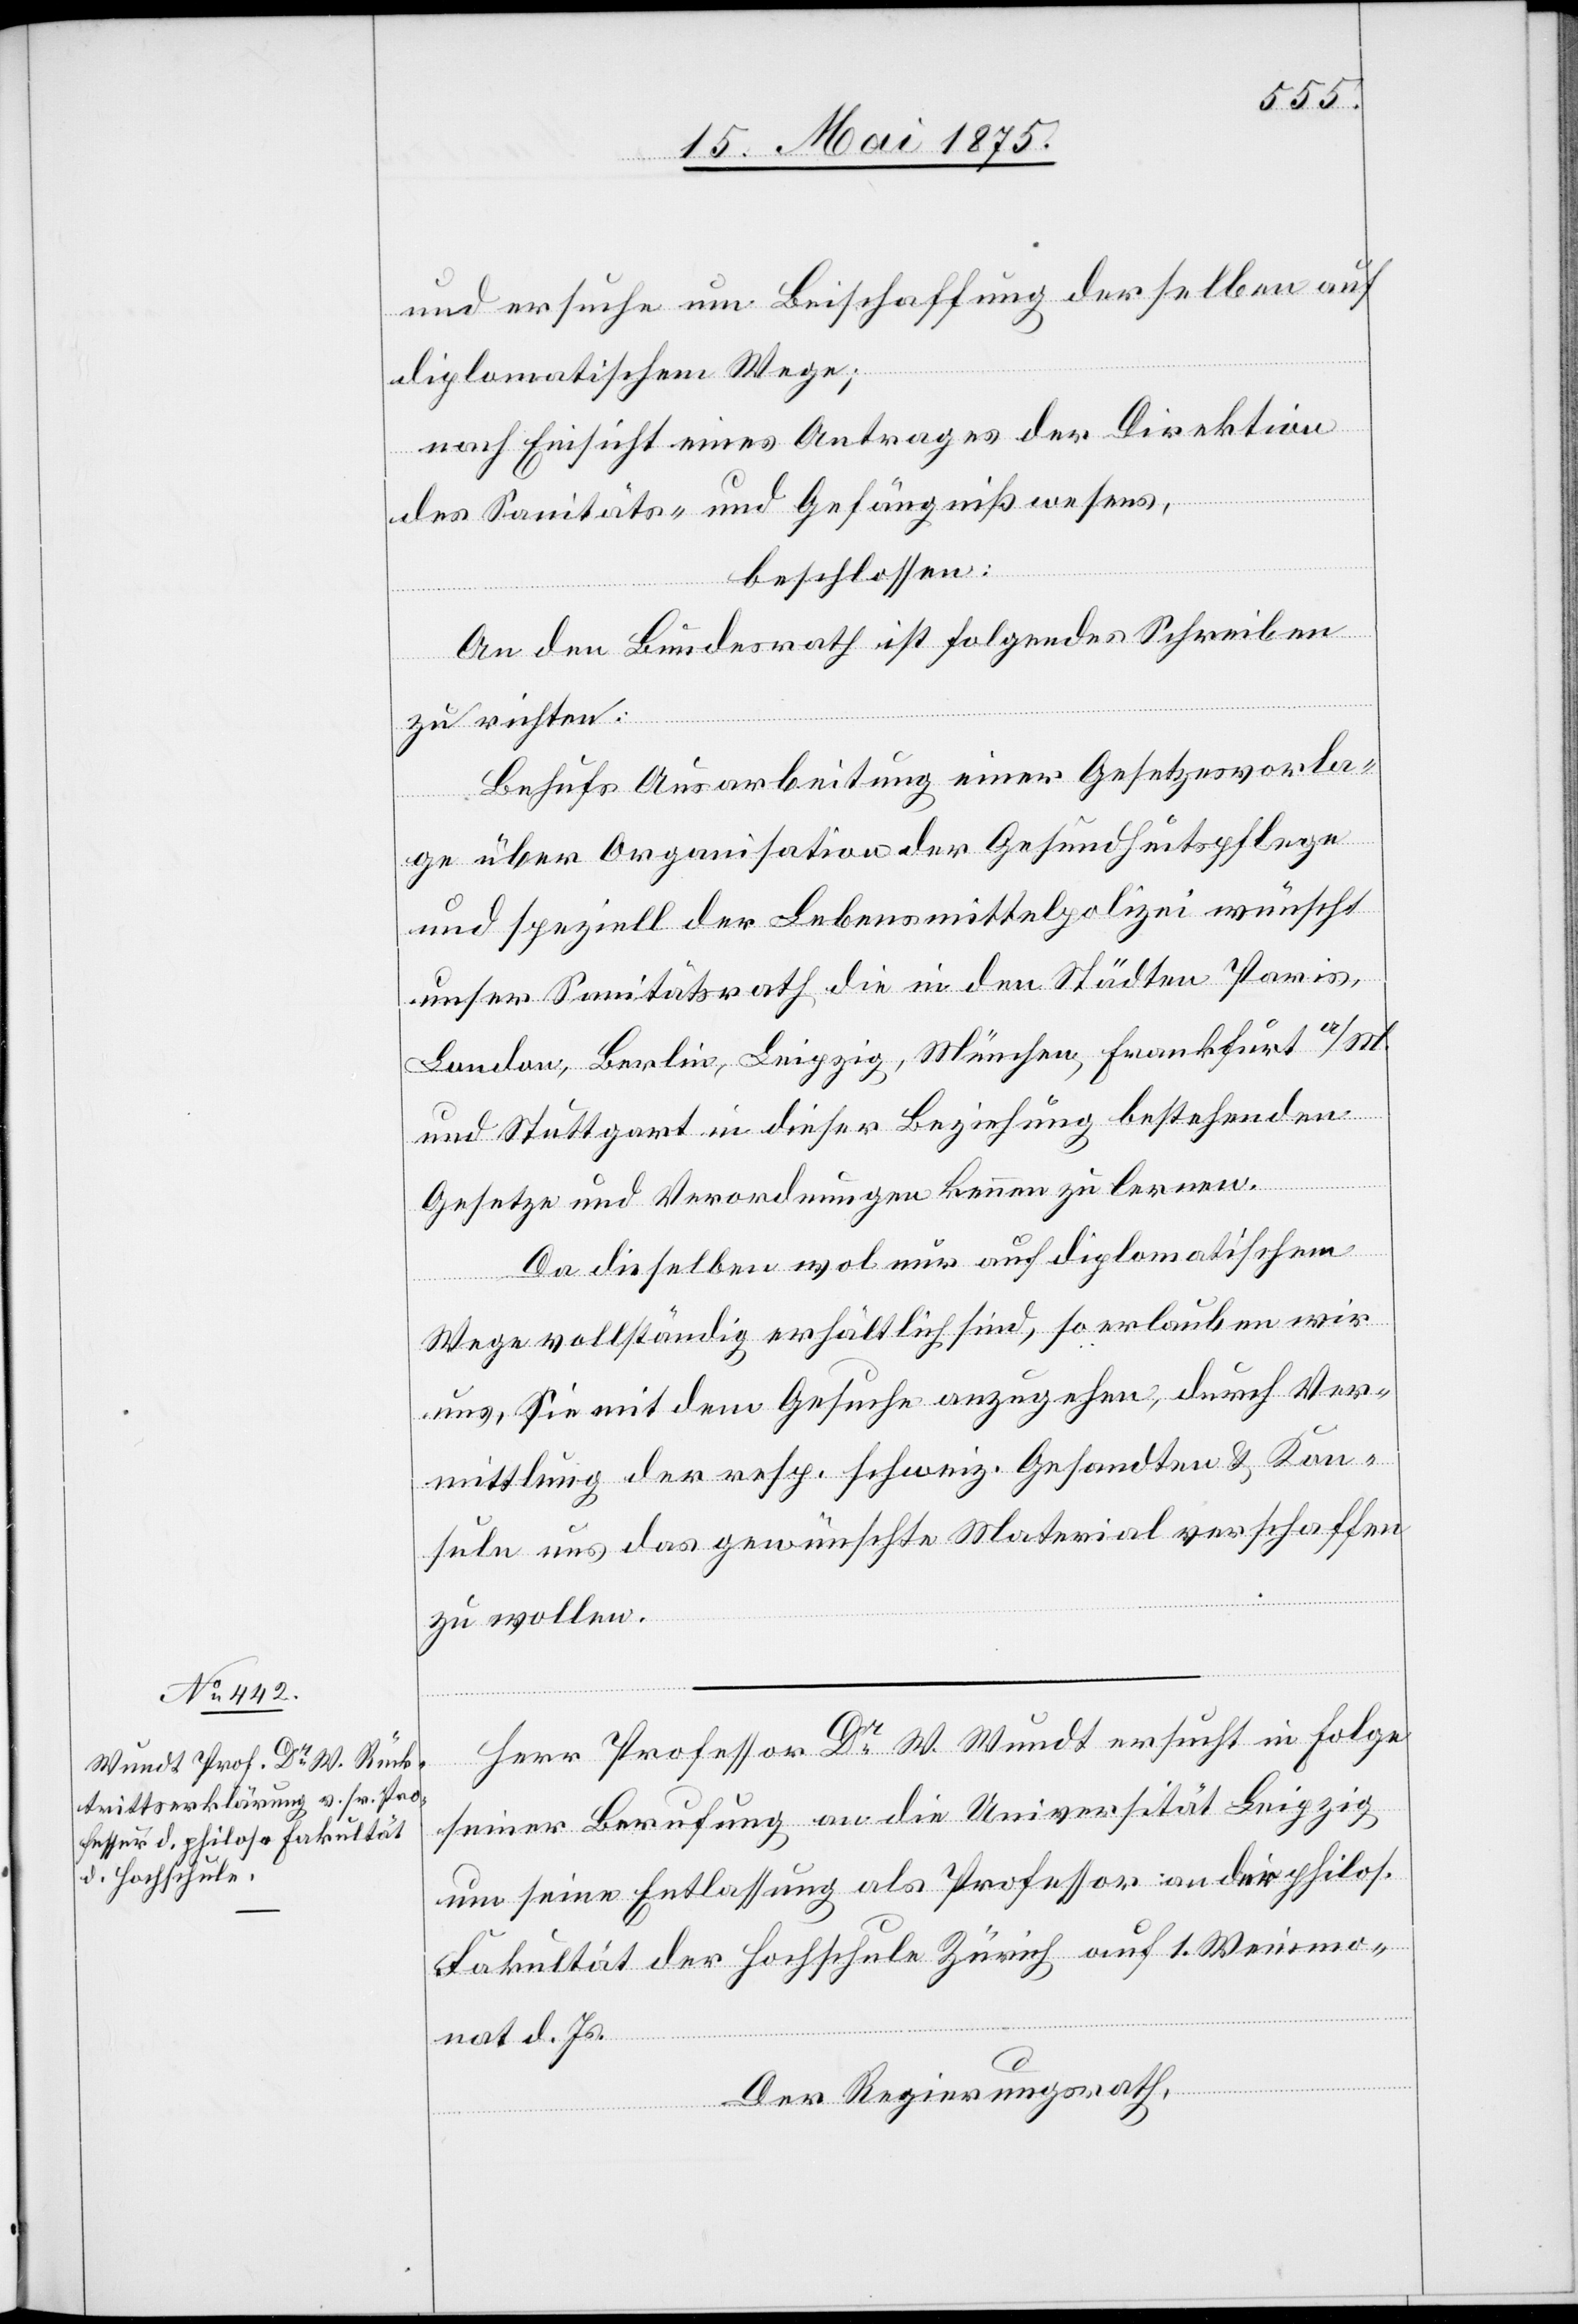
und ersuche um Beischaffung derselben auf
diplomatischen Wege;
nach Einsicht eines Antrages der Direktion
des Sanitäts- und Gefängnißwesens,
beschlossen:
An den Bundesrath ist Folgendes Schreiben
zu richten:
Behufs Ausarbeitung einer Gesetzesvorla¬
ge über Organisation der Gesundheitspflege
und speziell der Lebensmittelpolizei wünscht
unser Sanitätsrath, die in den Städten Paris,
London, Berlin, Leipzig, München, Frankfurt a/M.
und Stuttgart in dieser Bezeichnung bestehenden
Gesetze und Verordnungen kennen zu lernen.
Da dieselben wol nur auf diplomatischem
Wege vollständig erhältlich sind, so erlauben wir
uns, sie mit dem Gesuche anzugehen, durch Ver¬
mittlung der resp. schweiz. Gesandten & Kon¬
sule uns das gewünschte Material verschaffen
zu wollen.
Herr Professor Dr W. Wundt ersucht in Folge
seiner Berufung an die Universität Leipzig
um seine Entlassung als Professor an der philos.
Fakultät der Hochschule Zürich auf 1. Weinmo¬
nat d. Js.
Der Regierungsrath,